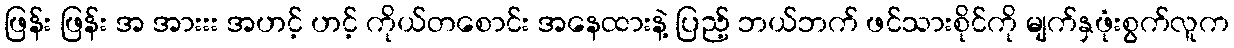
ဖြန်း ဖြန်း အ အားးး အဟင့် ဟင့် ကိုယ်တစောင်း အနေထားနဲ့ ပြည့် ဘယ်ဘက် ဖင်သားစိုင်ကို မျက်နှဖုံးစွက်လူက